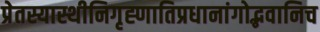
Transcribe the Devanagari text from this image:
प्रेतस्यास्थीनिगृह्णातिप्रधानांगोद्भवानिच